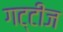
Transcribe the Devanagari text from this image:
गट्टीज